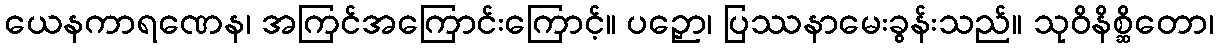
ယေနကာရဏေန၊ အကြင်အကြောင်းကြောင့်။ ပဉှော၊ ပြဿနာမေးခွန်းသည်။ သုဝိနိစ္ဆိတော၊